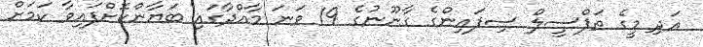
އަދި މީގެ ތަފްސީލް ސިފައިންގެ ގާނޫނުގެ 19 ވަނަ މާއްދާގައި ބަޔާންކޮށްފައިވާ ކަމަށް